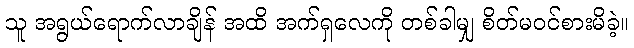
သူ အရွယ်ရောက်လာချိန် အထိ အက်ရှလေကို တစ်ခါမျှ စိတ်မဝင်စားမိခဲ့။